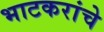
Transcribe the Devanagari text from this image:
भाटकरांचे